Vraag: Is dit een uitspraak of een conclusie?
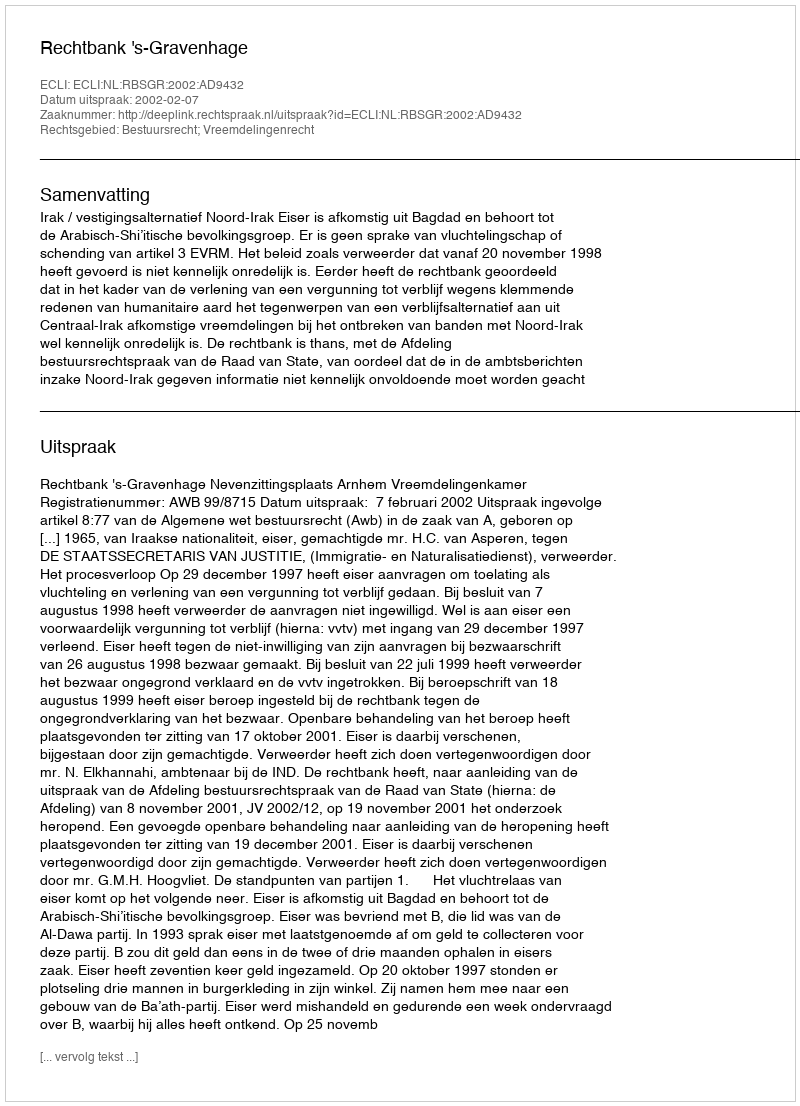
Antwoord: Uitspraak